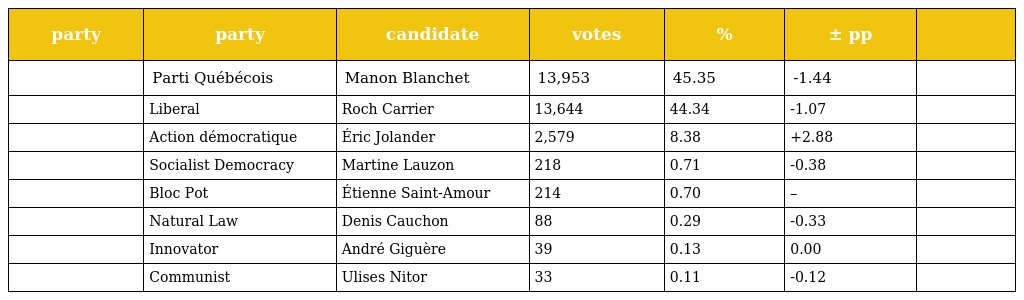
| party | party | candidate | votes | % | ± pp |  |
 | --- | --- | --- | --- | --- | --- | --- |
 |  | Parti Québécois | Manon Blanchet | 13,953 | 45.35 | -1.44 |  |
 |  | Liberal | Roch Carrier | 13,644 | 44.34 | -1.07 |  |
 |  | Action démocratique | Éric Jolander | 2,579 | 8.38 | +2.88 |  |
 |  | Socialist Democracy | Martine Lauzon | 218 | 0.71 | -0.38 |  |
 |  | Bloc Pot | Étienne Saint-Amour | 214 | 0.70 | – |  |
 |  | Natural Law | Denis Cauchon | 88 | 0.29 | -0.33 |  |
 |  | Innovator | André Giguère | 39 | 0.13 | 0.00 |  |
 |  | Communist | Ulises Nitor | 33 | 0.11 | -0.12 |  |